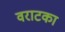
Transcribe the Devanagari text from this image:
वराटका